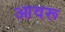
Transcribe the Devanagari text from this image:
आवरू